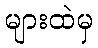
များထဲမှ